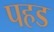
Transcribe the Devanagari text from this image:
पहड